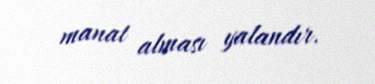
manat alması yalandır.